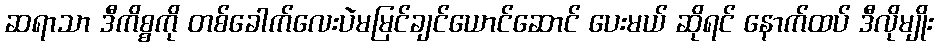
ဆရာသာ ဒီကိစ္စကို တစ်ခေါက်လေးပဲမမြင်ချင်ယောင်ဆောင် ပေးမယ် ဆိုရင် နောက်ထပ် ဒီလိုမျိုး